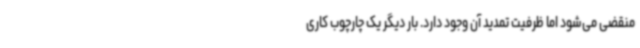
منقضی می‌شود اما ظرفیت تمدید آن وجود دارد. بار دیگر یک چارچوب کاری